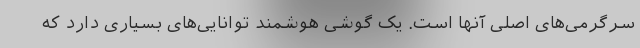
سرگرمی‌های اصلی آنها است. یک گوشی هوشمند توانایی‌های بسیاری دارد که